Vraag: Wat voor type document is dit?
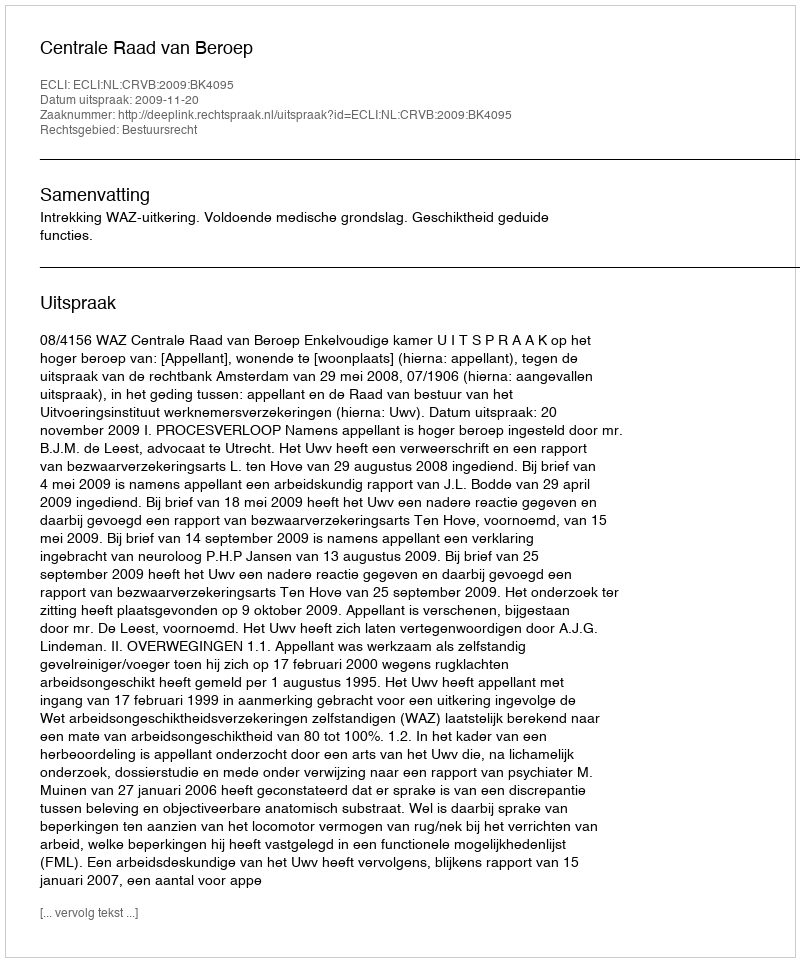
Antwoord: Uitspraak